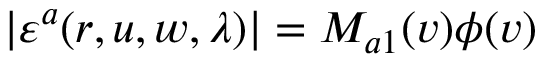
| \varepsilon ^ { a } ( r , u , w , \lambda ) | = M _ { a 1 } ( v ) \phi ( v )